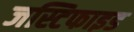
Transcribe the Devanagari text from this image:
जस्टिफाइड